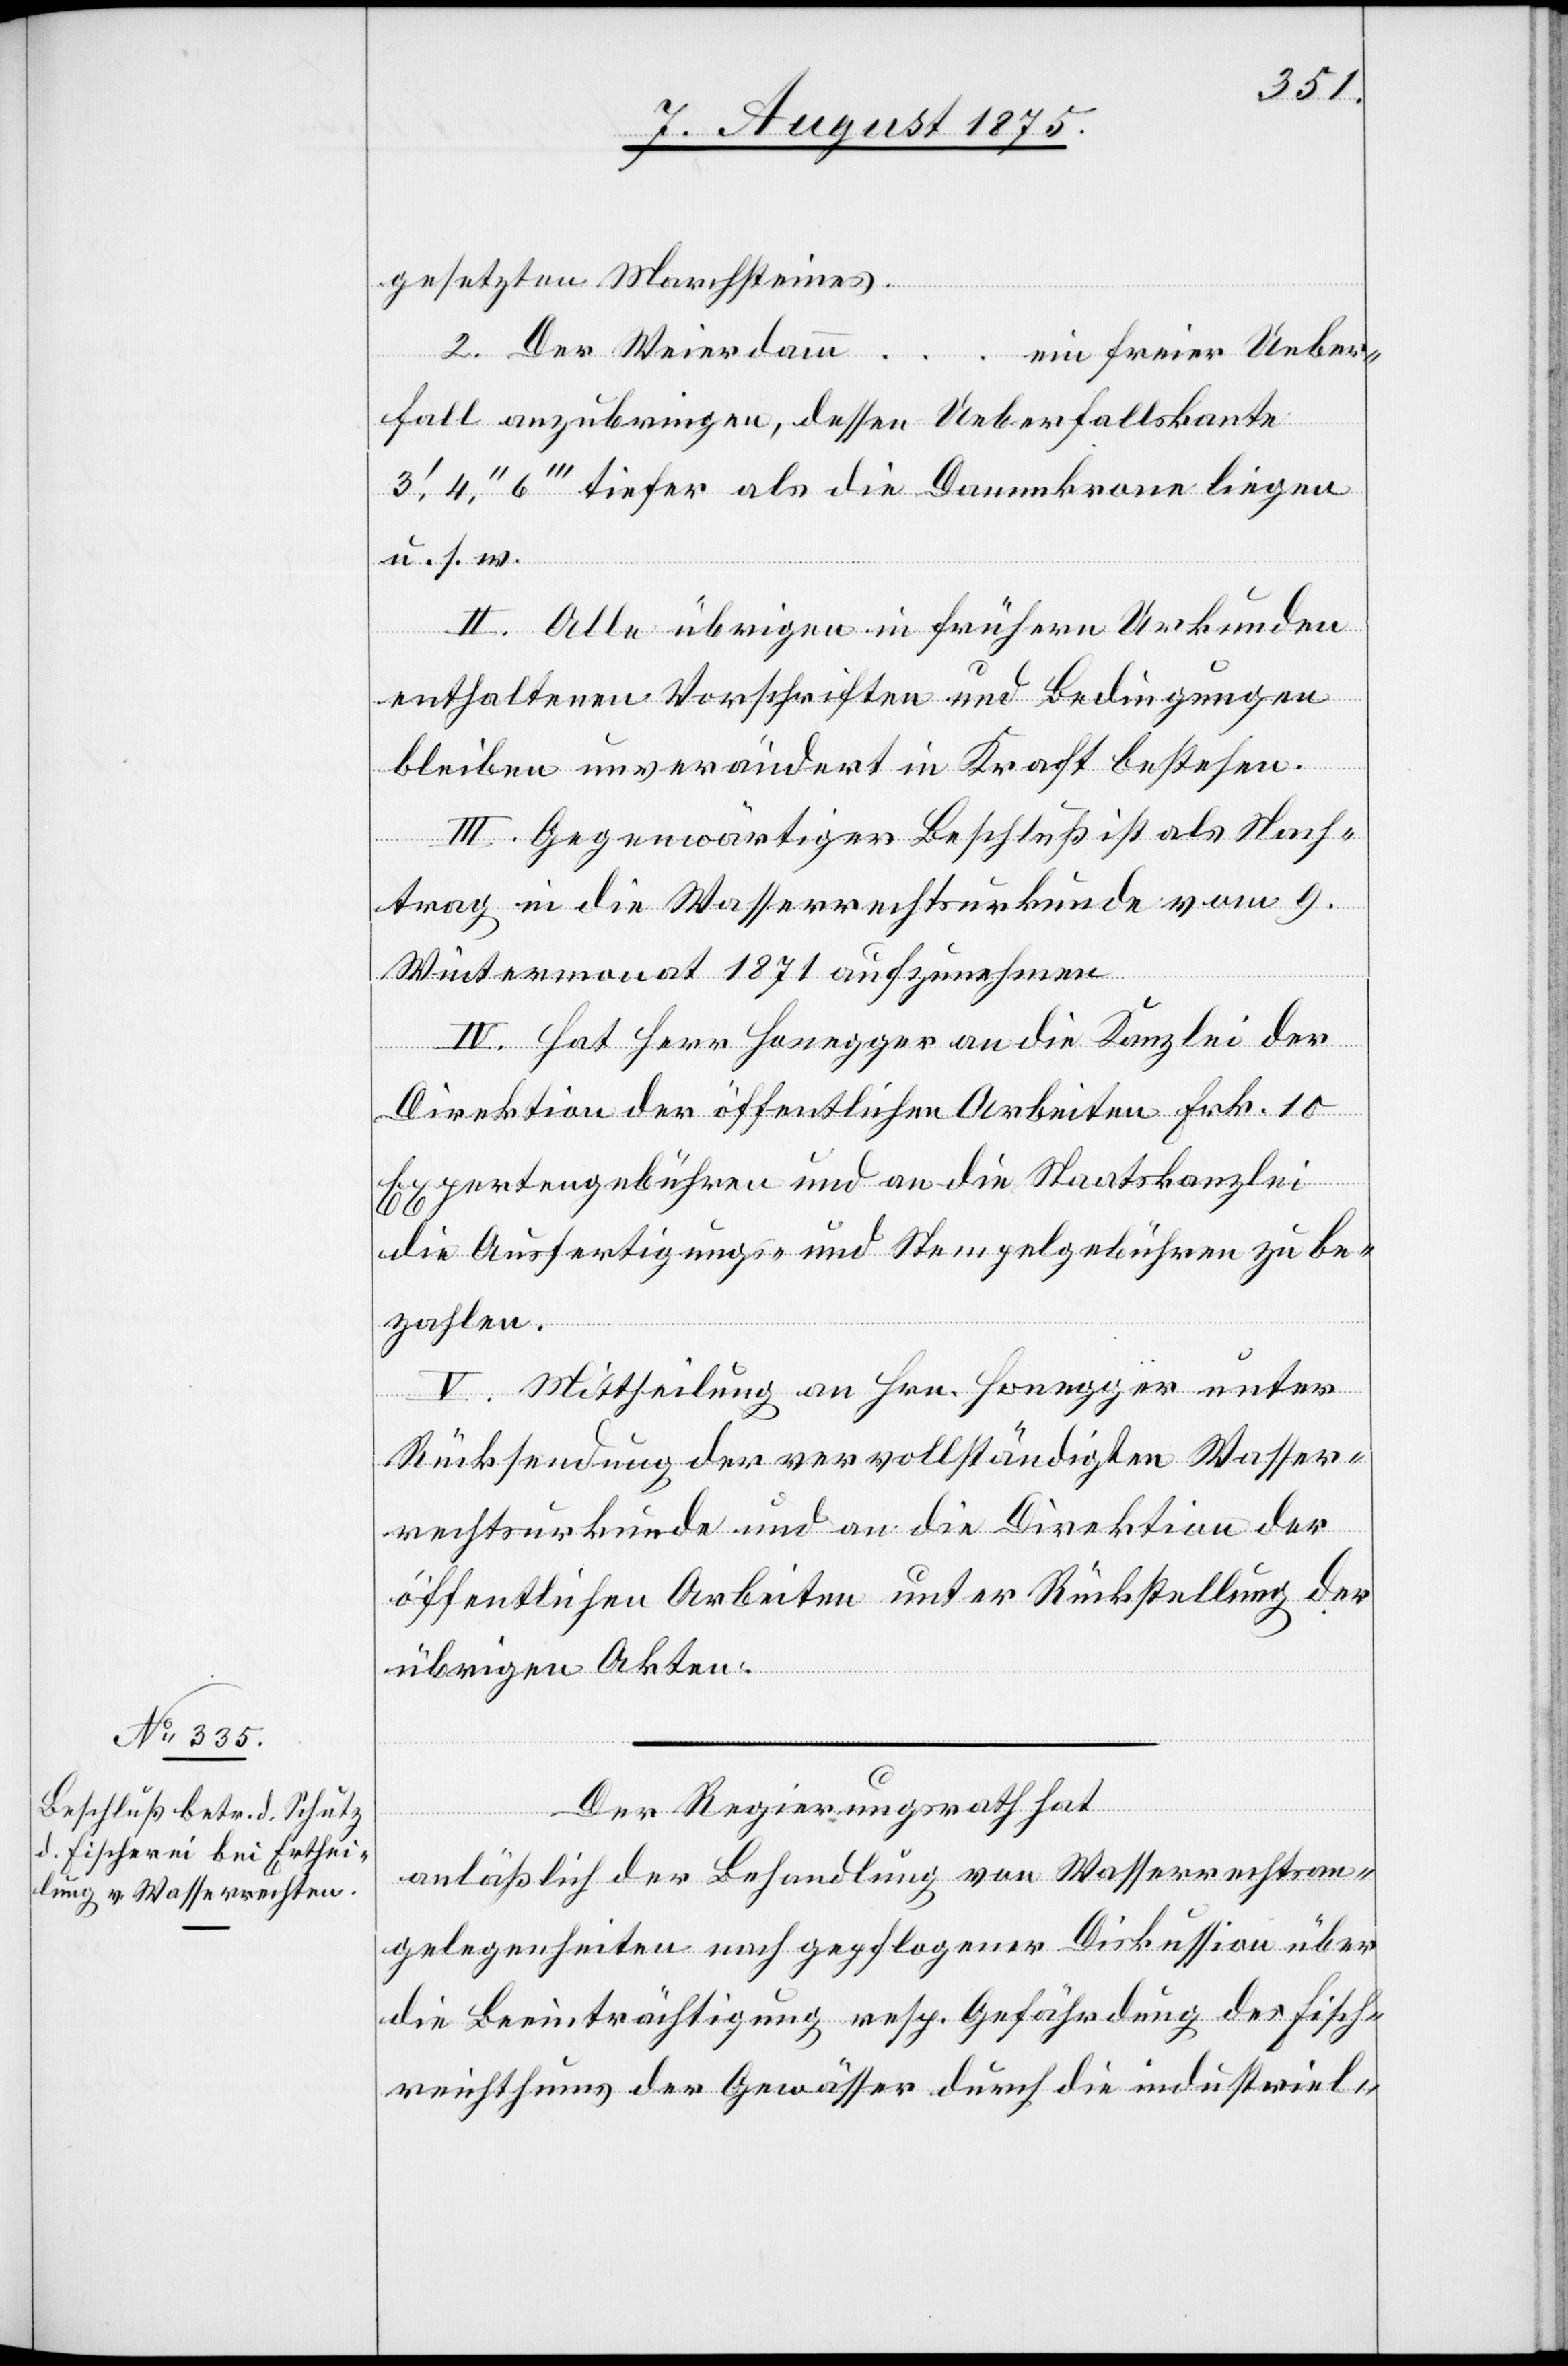
gesetzten Marchsteines.
2. Der Weierdamm
…
ein freier Ueber¬
fall anzubringen, dessen Ueberfallskante
3‘, 4‘‘, 5‘‘‘ tiefer als die Dammkrone liegen
u. s. w.
II. Alle übrigen in frühern Urkunden
enthaltenen Vorschriften und Bedingungen
bleiben unverändert in Kraft bestehen.
III. Gegenwärtiger Beschluß ist als Nach¬
trag in die Wasserrechturkunde vom 9.
Wintermonat 1871 aufzunehmen.
IV. Hat Herr Honegger an die Kanzlei der
Direktion der öffentlichen Arbeiten Frk. 10
Expertengebühren und an die Staatskanzlei
die Ausfertigungs- und Stempelgebühren zu be¬
zahlen.
Der Regierungsrath hat,
anläßlich der Behandlung von Wasserrechtsan¬
gelegenheiten nach gepflogener Diskussion über
die Beeinträchtigung resp. Gefährdung der Fisch¬
reichthums der Gewässer durch die industriel-